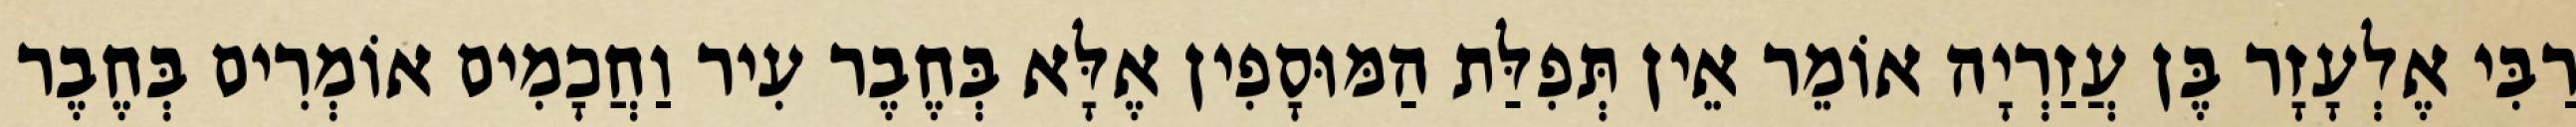
רַבִּי אֶלְעָזָר בֶּן עֲזַרְיָה אוֹמֵר אֵין תְּפִלַּת הַמּוּסָפִין אֶלָּא בְּחֶבֶר עִיר וַחֲכָמִים אוֹמְרִים בְּחֶבֶר